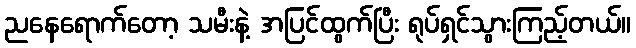
ညနေရောက်တော့ သမီးနဲ့ အပြင်ထွက်ပြီး ရုပ်ရှင်သွားကြည့်တယ်။